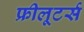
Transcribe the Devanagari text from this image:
फ्रीलूटर्स